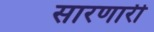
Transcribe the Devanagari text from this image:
सारणारी